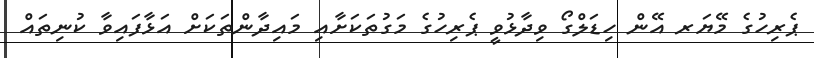
ޕެރިހުގެ މޭޔަރ އޭން ހިޑަލްގޯ ވިދާޅުވީ ޕެރިހުގެ މަގުތަކަށާއި މައިދާންތަކަށް އަޅާފައިވާ ކުނިތައް